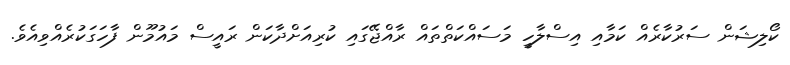
ކޯލިޝަން ސަރުކާރެއް ކަމާއި އިސްލާހީ މަސައްކަތްތައް ރާއްޖޭގައި ކުރިއަށްދާކަން ރައީސް މައުމޫން ފާހަގަކުރެއްވިއެވެ.